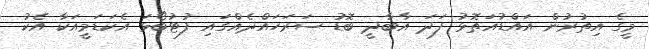
މީގެ އިތުރުން އައްޑުއަތޮޅު ފަދަ އާބާދީ ބޮޑު ސަރަހައްދެއްގައި ފުޓުބޯޅަ އެކަޑަމީއަކާ އެކު